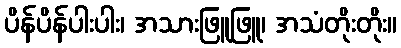
ပိန်ပိန်ပါးပါး၊ အသားဖြူဖြူ၊ အသံတိုးတိုး။